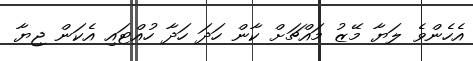
އެހެންވެ ލަޔާ މޭޒު މައްޗަށް ކާން ހަދަ ހަދާ ހުއްޓައި އެކަން ޖިޔާ